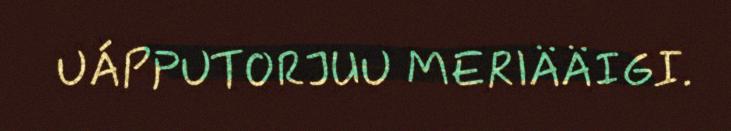
UÁPPUTORJUU MERIÄÄIGI.